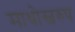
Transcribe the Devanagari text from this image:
माधोस्वरुप